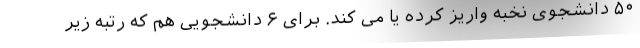
۵۰ دانشجوی نخبه واریز کرده یا می کند. برای ۶ دانشجویی هم که رتبه زیر